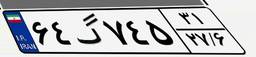
۱۱گ۲۰۸۳۱